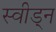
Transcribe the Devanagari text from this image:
स्वीड्न